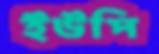
ইউপি